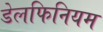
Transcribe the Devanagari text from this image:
डेलफिनियम